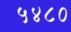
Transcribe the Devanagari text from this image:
५४८०